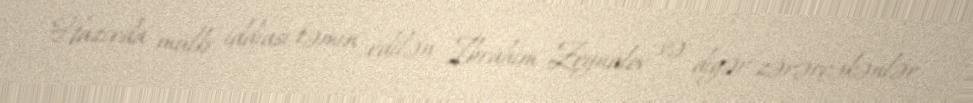
Hazırda mülki iddiası təmin edilən İbrahim Zeynalov və digər zərərçəkənlər